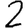
Digit: 2